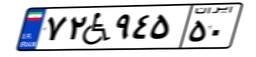
۷۲W۹۴۵۵۰